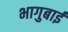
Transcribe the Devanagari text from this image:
भागुबाई